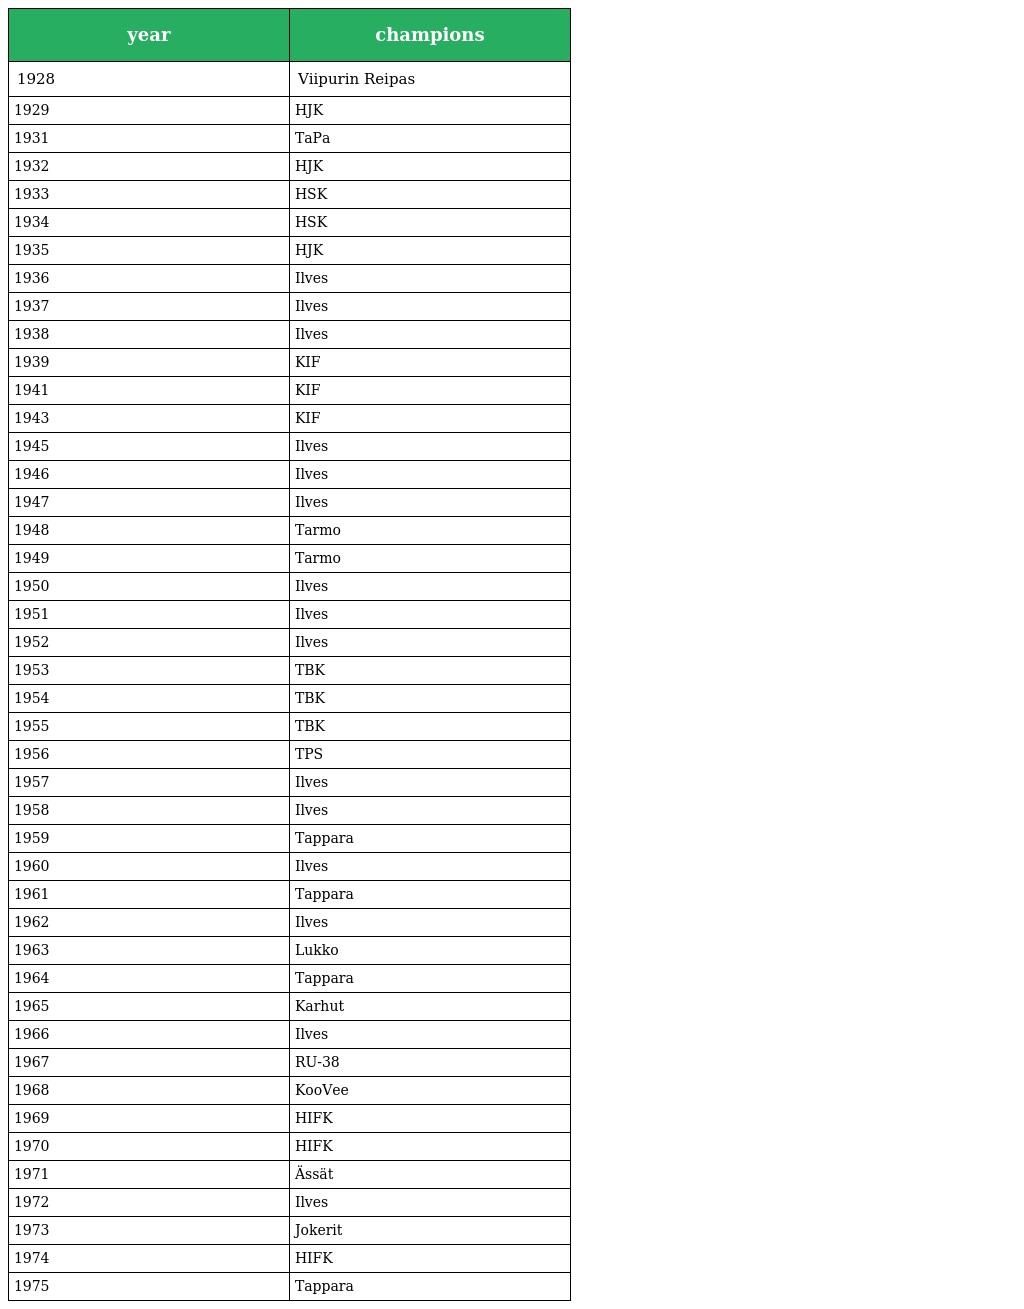
| year | champions |
 | --- | --- |
 | 1928 | Viipurin Reipas |
 | 1929 | HJK |
 | 1931 | TaPa |
 | 1932 | HJK |
 | 1933 | HSK |
 | 1934 | HSK |
 | 1935 | HJK |
 | 1936 | Ilves |
 | 1937 | Ilves |
 | 1938 | Ilves |
 | 1939 | KIF |
 | 1941 | KIF |
 | 1943 | KIF |
 | 1945 | Ilves |
 | 1946 | Ilves |
 | 1947 | Ilves |
 | 1948 | Tarmo |
 | 1949 | Tarmo |
 | 1950 | Ilves |
 | 1951 | Ilves |
 | 1952 | Ilves |
 | 1953 | TBK |
 | 1954 | TBK |
 | 1955 | TBK |
 | 1956 | TPS |
 | 1957 | Ilves |
 | 1958 | Ilves |
 | 1959 | Tappara |
 | 1960 | Ilves |
 | 1961 | Tappara |
 | 1962 | Ilves |
 | 1963 | Lukko |
 | 1964 | Tappara |
 | 1965 | Karhut |
 | 1966 | Ilves |
 | 1967 | RU-38 |
 | 1968 | KooVee |
 | 1969 | HIFK |
 | 1970 | HIFK |
 | 1971 | Ässät |
 | 1972 | Ilves |
 | 1973 | Jokerit |
 | 1974 | HIFK |
 | 1975 | Tappara |